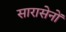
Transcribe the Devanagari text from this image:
सारासेनों